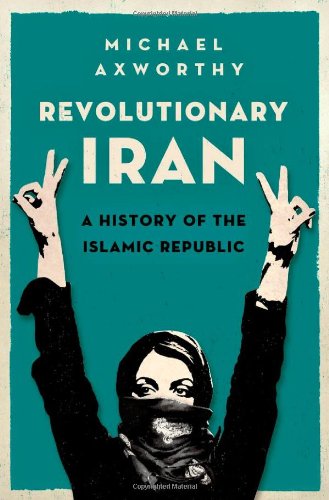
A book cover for Revolutionary Iran: A History of the Islamic Republic; Michael Axworthy; History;